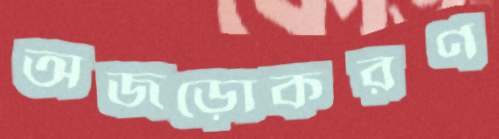
অজড়োকরণ